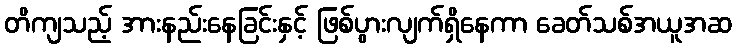
တိကျသည့် အားနည်းနေခြင်းနှင့် ဖြစ်ပွားလျက်ရှိနေကာ ခေတ်သစ်အယူအဆ